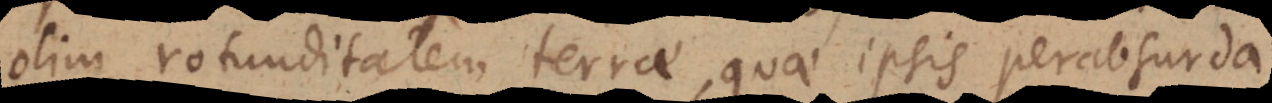
olim rotunditatem terrae, quae ipsis perabsurda